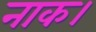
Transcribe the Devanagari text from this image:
नाक।